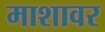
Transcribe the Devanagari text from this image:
माशावर